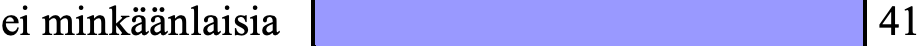
ei minkäänlaisia             41